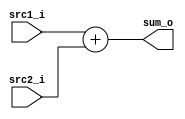
/***************************************************
Student Name:
Student ID: group99_0811111_0811999 
***************************************************/

   `timescale 1ns/1ps

   module Adder(
       input  [31:0] src1_i,
       input  [31:0] src2_i,
       output [31:0] sum_o
   );

   assign sum_o = src1_i + src2_i;


   endmodule